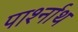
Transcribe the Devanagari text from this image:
पार्श्नाथ